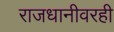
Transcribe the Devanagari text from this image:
राजधानीवरही